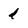
Character: d